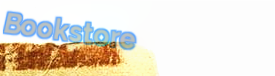
Bookstore